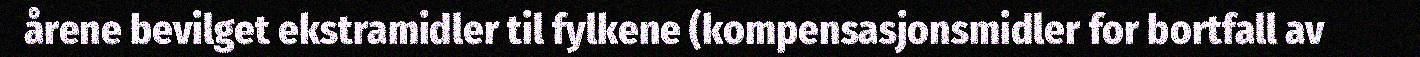
årene bevilget ekstramidler til fylkene (kompensasjonsmidler for bortfall av